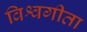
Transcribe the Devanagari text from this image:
विश्वगीता